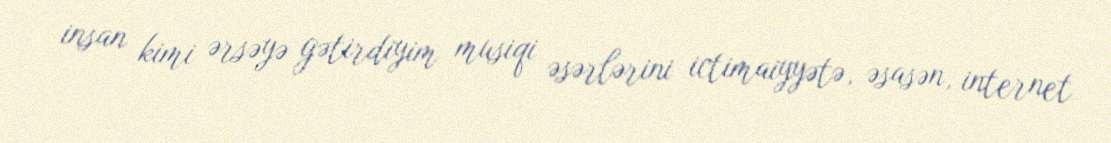
insan kimi ərsəyə gətirdiyim musiqi əsərlərini ictimaiyyətə, əsasən, internet